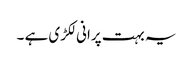
یہ بہت پرانی لکڑی ہے ۔